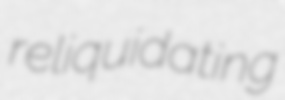
reliquidating